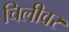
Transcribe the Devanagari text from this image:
चिलीवर